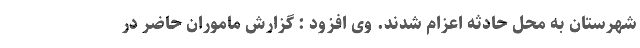
شهرستان به محل حادثه اعزام شدند. وی افزود : گزارش ماموران حاضر در